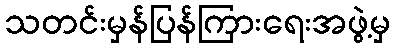
သတင်းမှန်ပြန်ကြားရေးအဖွဲ့မှ